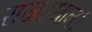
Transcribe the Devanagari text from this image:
राजस्थान।